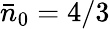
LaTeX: \bar{n}_{0}=4/3